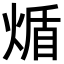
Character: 𬊮